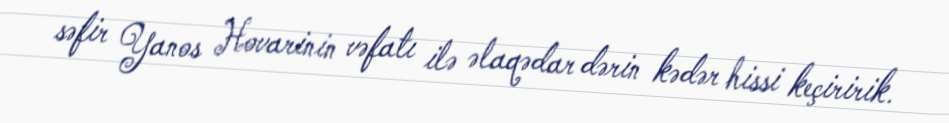
səfir Yanos Hovarinin vəfatı ilə əlaqədar dərin kədər hissi keçiririk.